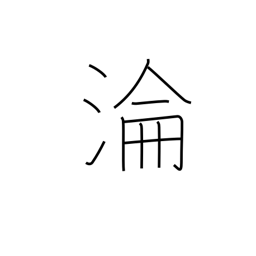
Meaning: ripple